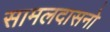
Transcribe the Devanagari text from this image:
सामलदासनो